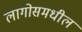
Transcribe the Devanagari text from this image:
लागोसमधील